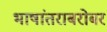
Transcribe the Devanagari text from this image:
भाषांतराबरोबर